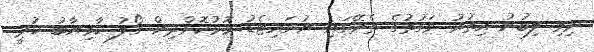
ނިމި ލިބުނު އިތުރު ވަގުތުގެ ތެރޭގައި ޔުނައިޓެޑު މޮޅުކޮށްދިން ގޯލު ކާމިޔާބު ކުރީ